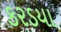
કરડયા